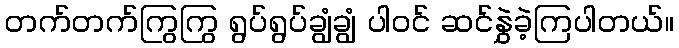
တက်တက်ကြွကြွ ရွပ်ရွပ်ချွံချွံ ပါဝင် ဆင်နွှဲခဲ့ကြပါတယ်။